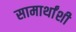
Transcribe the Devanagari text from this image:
सामार्थांशी